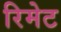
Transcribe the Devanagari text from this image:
रिमेट